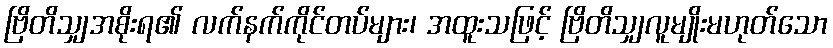
ဗြိတိသျှအစိုးရ၏ လက်နက်ကိုင်တပ်များ၊ အထူးသဖြင့် ဗြိတိသျှလူမျိုးမဟုတ်သော